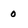
Character: 0